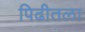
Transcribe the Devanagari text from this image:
पिढीतला